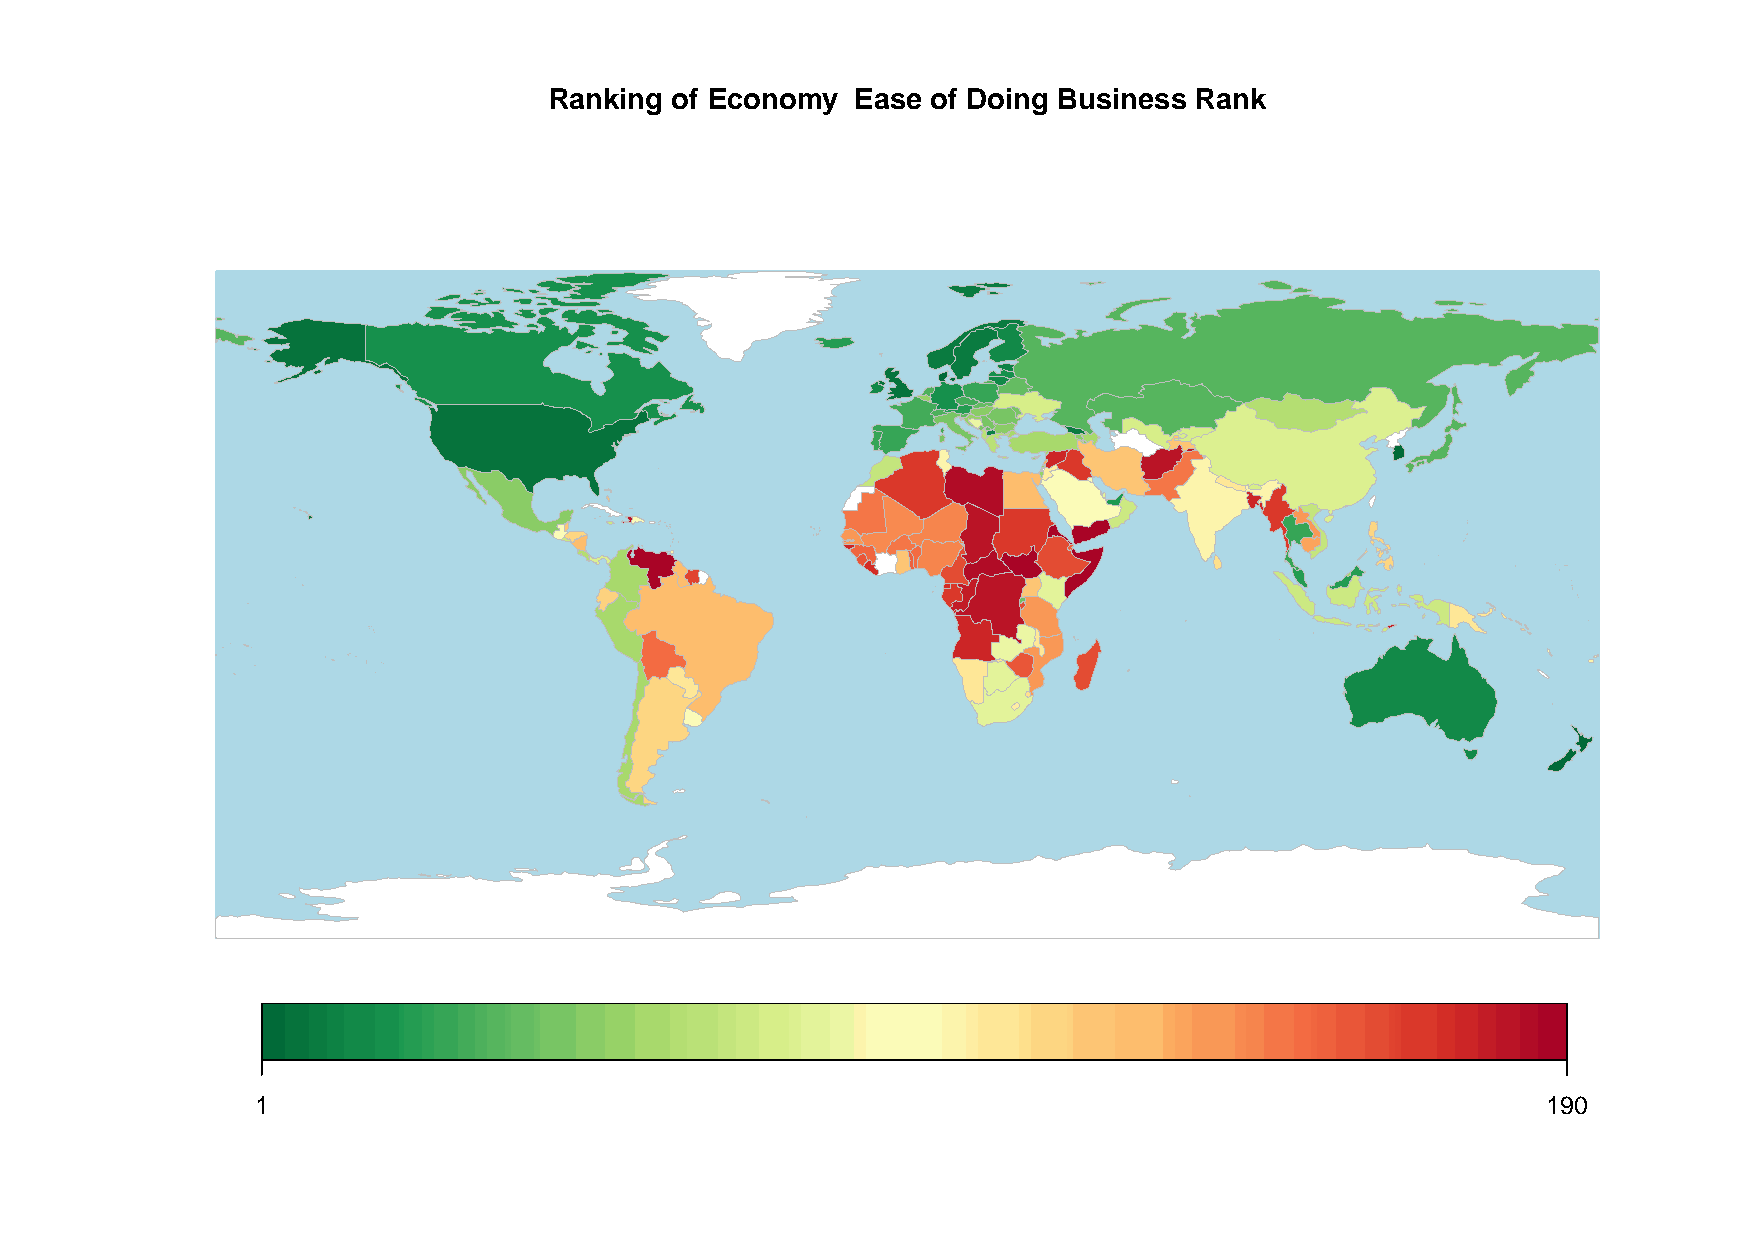
Ranking of Economy   Ease of Doing Business Rank
 1                                                                                    190